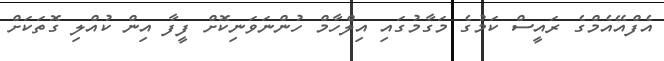
އެފްއޭއެމްގެ ރައީސް ކަމުގެ މަގާމުގައި އިލްހާމް ހުންނަވަނިކޮށް ފީފާ އިން ކުއްލި ގޮތަކަށް